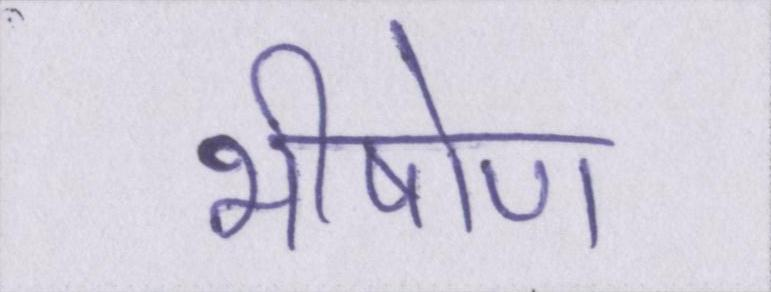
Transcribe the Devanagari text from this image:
भीषोण